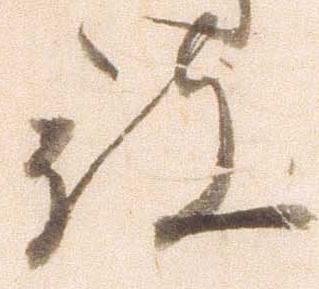
被